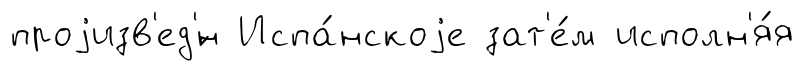
проjизв'ед'́н Испа́нскоjе зат'е́м исполн'я́я